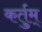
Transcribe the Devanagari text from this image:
कर्तुम्